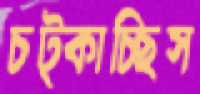
চট্‌কাচ্ছিস